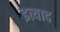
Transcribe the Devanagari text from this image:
इत्याद